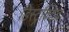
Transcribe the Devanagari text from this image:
डिस्ट्रक्टिव